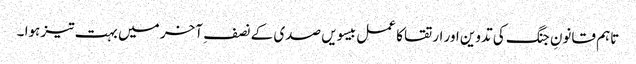
تاہم قانونِ جنگ کی تدوین اور ارتقا کا عمل بیسویں صدی کے نصف ِ آخر میں بہت تیز ہوا ۔